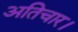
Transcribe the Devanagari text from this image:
अतिचार।